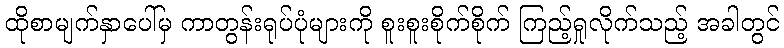
ထိုစာမျက်နှာပေါ်မှ ကာတွန်းရုပ်ပုံများကို စူးစူးစိုက်စိုက် ကြည့်ရှုလိုက်သည့် အခါတွင်